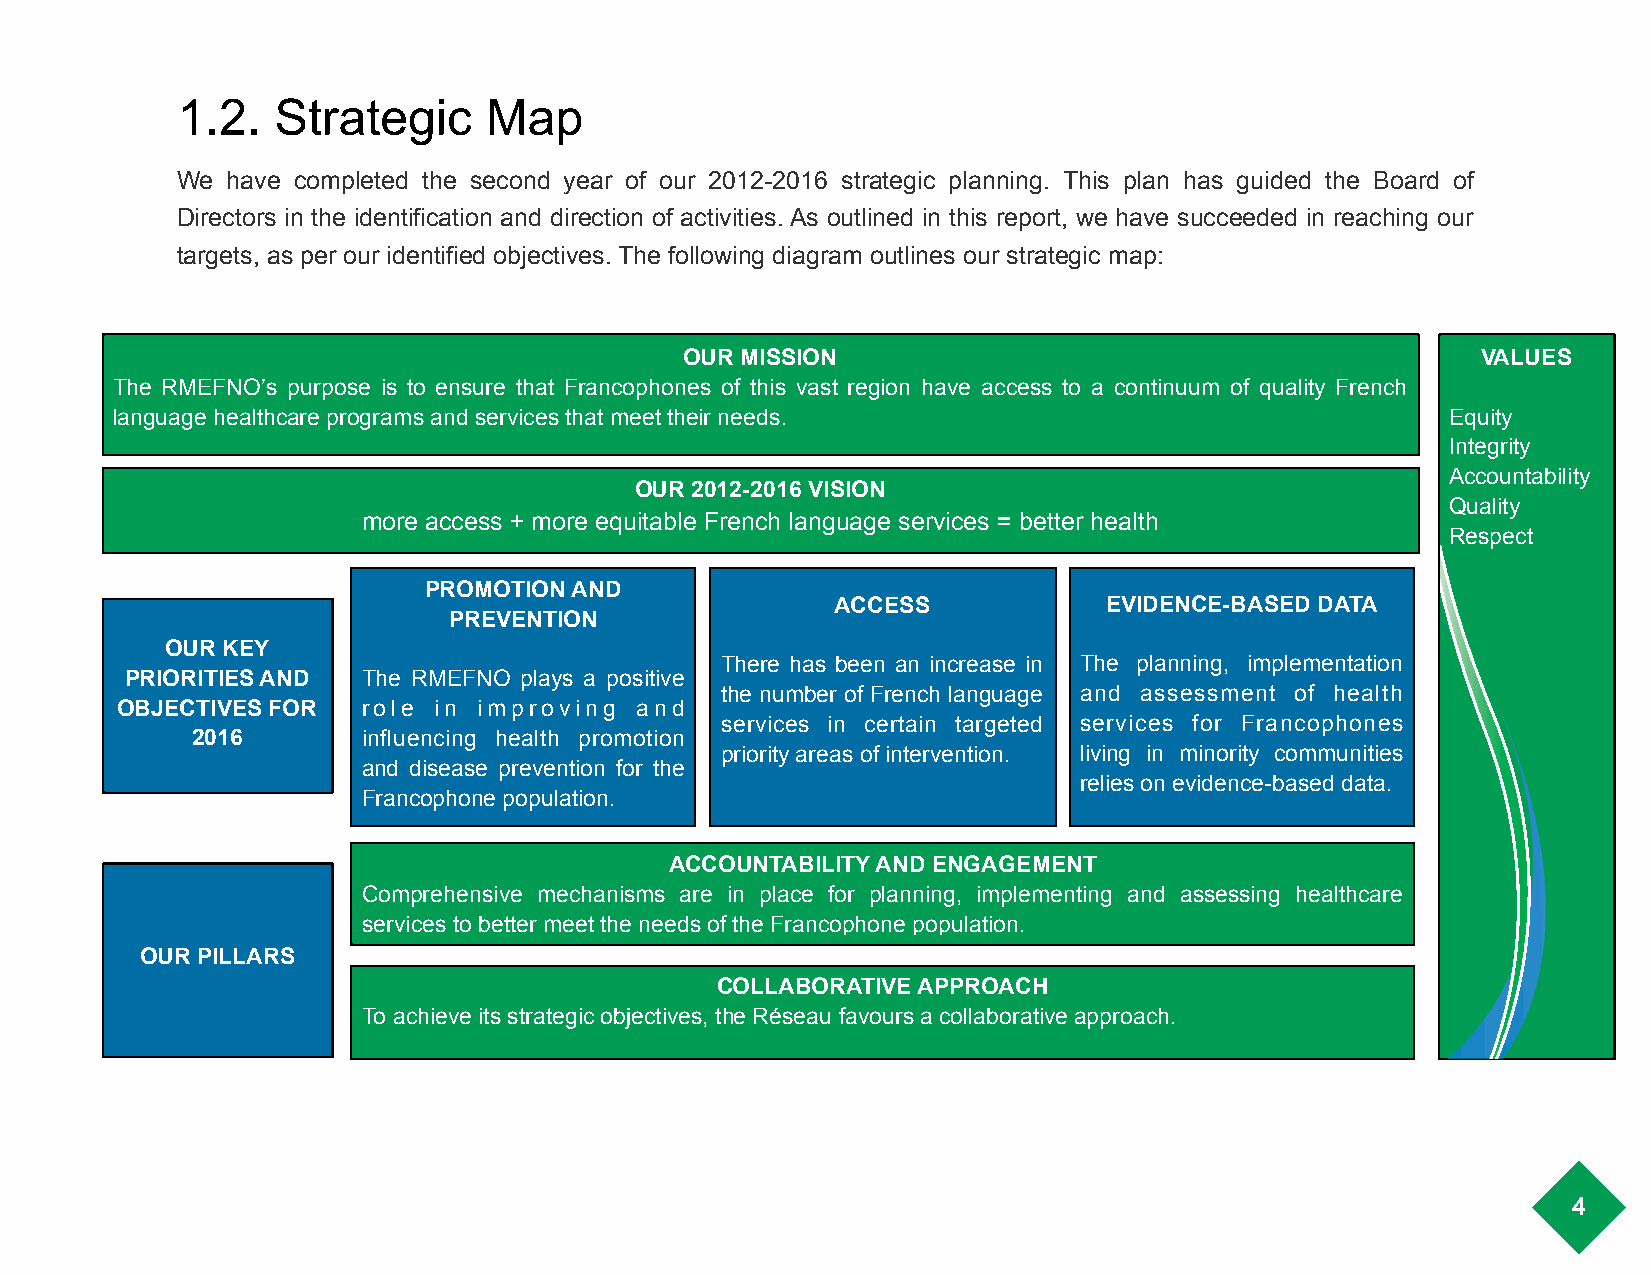
1.2.  Strategic     Map
 We have completed the second year of our 2012-2016 strategic planning. This plan has guided the Board of
 Directors in the identification and direction of activities. As outlined in this report, we have succeeded in reaching our
 targets, as per our identified objectives. The following diagram outlines our strategic map:
 OUR MISSION                                          VALUES
 !
 The RMEFNO’s purpose is to ensure that Francophones of this vast region have access to a continuum of quality French
 language healthcare programs and services that meet their needs.                         Equity
 Integrity
 Accountability
 OUR 2012-2016 VISION
 Quality
 more access + more equitable French language services = better health
 Respect
 PROMOTION AND
 ACCESS            EVIDENCE-BASED DATA
 !                       !
 PREVENTION
 !
 OUR KEY
 There has been an increase in The planning, implementation
 PRIORITIES AND  The RMEFNO plays a positive
 the number of French language and assessment of health
 OBJECTIVES FOR  role in improving and
 services in certain targeted services for Francophones
 2016       influencing health promotion
 priority areas of intervention. living in minority communities
 and disease prevention for the
 relies on evidence-based data.
 Francophone population.
 ACCOUNTABILITY AND ENGAGEMENT
 Comprehensive mechanisms are in place for planning, implementing and assessing healthcare
 services to better meet the needs of the Francophone population.
 OUR PILLARS
 COLLABORATIVE APPROACH
 To achieve its strategic objectives, the Réseau favours a collaborative approach.
 4